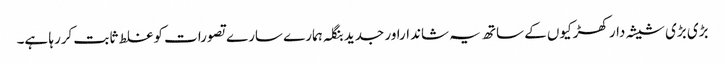
بڑی بڑی شیشہ دار کھڑکیوں کے ساتھ یہ شانداراور جدید بنگلہ ہمارے سارے تصورات کو غلط ثابت کررہا ہے۔